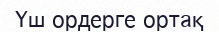
Үш ордерге ортақ